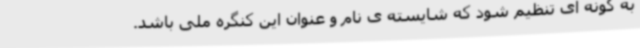
به گونه ای تنظیم شود که شایسته ی نام و عنوان این کنگره ملی باشد.‌